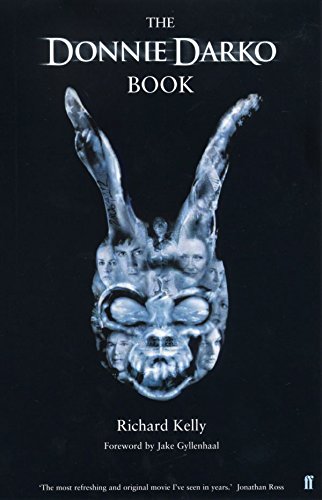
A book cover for The Donnie Darko Book; Richard Kelly; Humor & Entertainment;